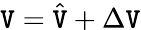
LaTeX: \mathtt{V}=\hat{{\mathtt{V}}}+\Delta\mathtt{V}